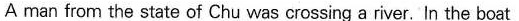
A man from the state of Chu was crossing a river.In the boat